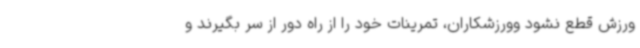
ورزش قطع نشود وورزشکاران، تمرینات خود را از راه دور از سر بگیرند و